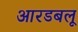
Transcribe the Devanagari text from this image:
आरडबलू